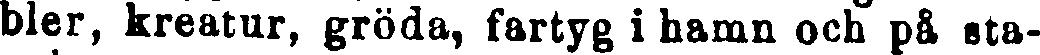
bler, kreatur, gröda, fartyg i hamn och på sta-